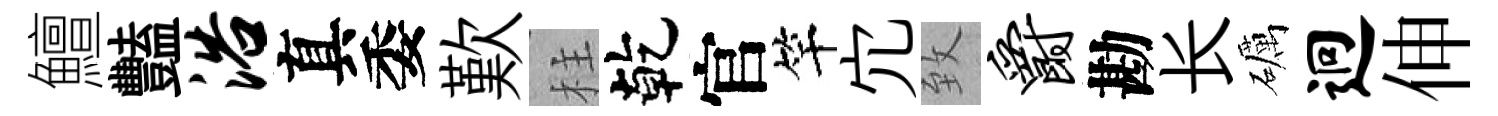
鱣豔浴真委歎柱乾官竿宂致爵勘长礪迥伸